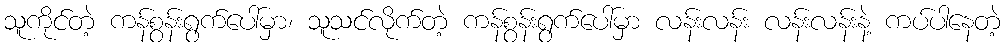
သူကိုင်တဲ့ ကန်စွန်းရွက်ပေါ်မှာ၊ သူသင်လိုက်တဲ့ ကန်စွန်းရွက်ပေါ်မှာ လန်းလန်း လန်းလန်းနဲ့ ကပ်ပါနေတဲ့